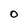
Character: O